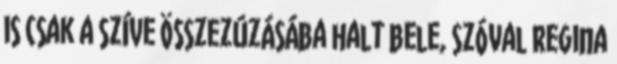
is csak a szíve összezúzásába halt bele, szóval Regina